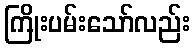
ကြိုးပမ်းသော်လည်း